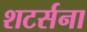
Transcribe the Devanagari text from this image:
शटर्सना